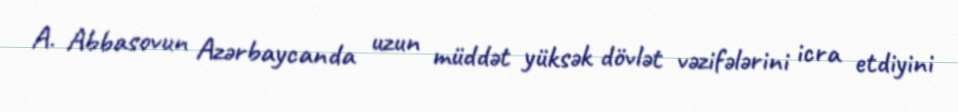
A. Abbasovun Azərbaycanda uzun müddət yüksək dövlət vəzifələrini icra etdiyini